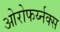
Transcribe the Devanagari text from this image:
ओरोफर्य्नक्स